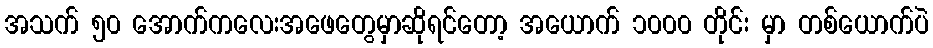
အသက် ၅၀ အောက်ကလေးအဖေတွေမှာဆိုရင်တော့ အယောက် ၁၀၀၀ တိုင်း မှာ တစ်ယောက်ပဲ